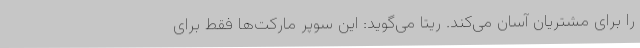
را برای مشتریان آسان می‌کند. ریتا می‌گوید: این سوپر مارکت‌ها فقط برای